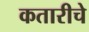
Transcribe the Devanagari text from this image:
कतारीचे